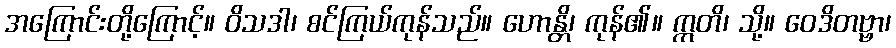
အကြောင်းတို့ကြောင့်။ ဝိသဒါ၊ စင်ကြယ်ကုန်သည်။ ဟောန္တိ၊ ကုန်၏။ ဣတိ၊ သို့။ ဝေဒိတဗ္ဗာ၊